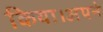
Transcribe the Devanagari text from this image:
किया।अपने